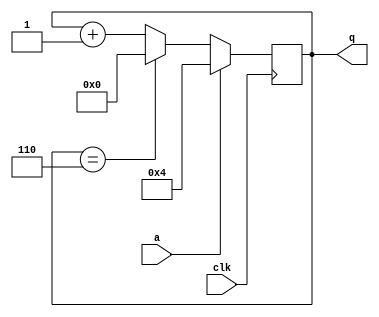
//
//
// https://hdlbits.01xz.net/wiki/Sim/circuit9
//
//

`default_nettype none

module top_module (
    input           clk,
    input           a,
    output  [3:0]   q
);

    reg     [3:0]   r;
    always @(posedge clk) begin
        if(a)
            r <= 4'd4;
        else if (q == 4'd6)
            r <= 4'd0;
        else
            r <= r + 1'b1;
    end

    assign q = r;

endmodule